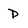
Character: p